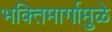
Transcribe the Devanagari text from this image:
भक्तिमार्गामुळे